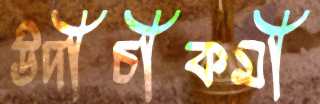
উদীচীকর্মী